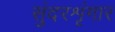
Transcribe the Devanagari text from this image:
सुंदरशृंगार